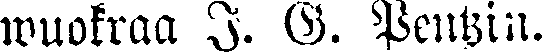
wuokraa J. G. Pentzin.